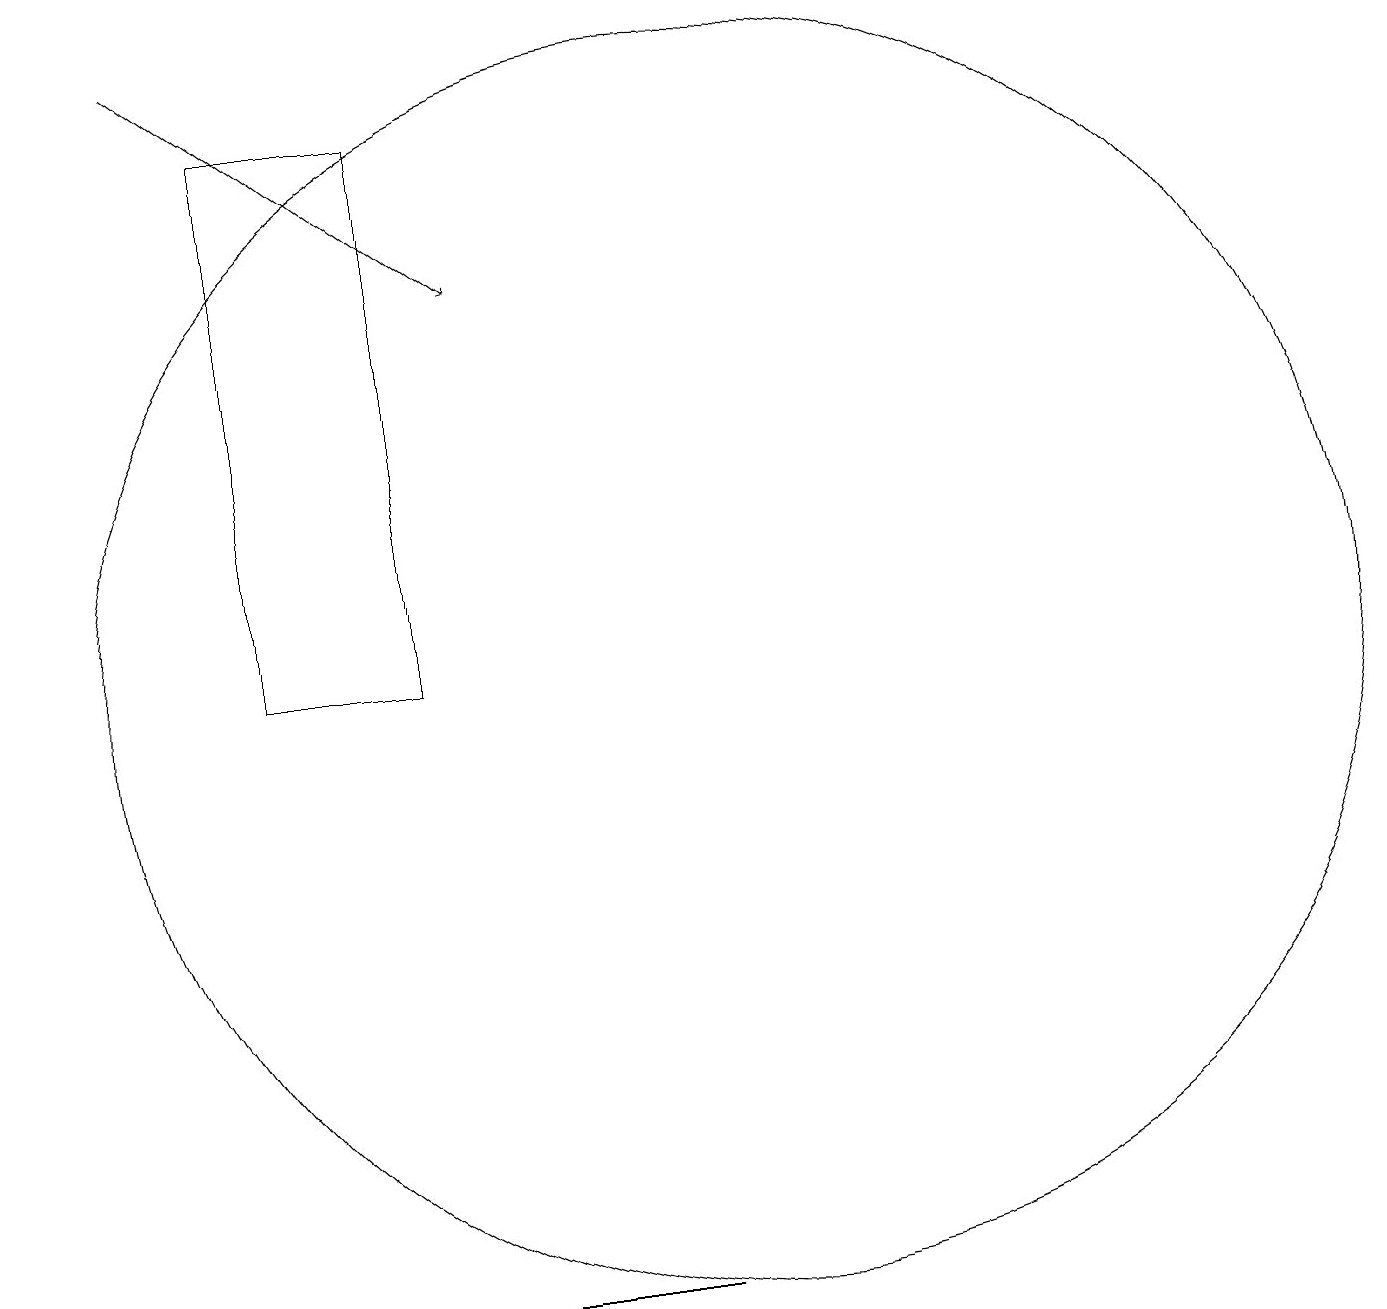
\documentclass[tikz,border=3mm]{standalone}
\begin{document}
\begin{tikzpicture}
\draw (4,3) -- (1,3) -- (9,3) -- cycle;
\draw (10,11) circle (8);
\draw[->] (3,19) -- (7,16);
\draw (6,11) rectangle (4,18);
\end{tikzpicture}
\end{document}